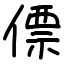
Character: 僄